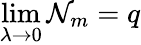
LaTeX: \operatorname*{lim}_{\lambda\to 0}{\cal N}_{m}=q